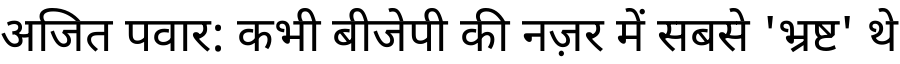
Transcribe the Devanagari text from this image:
अजित पवार: कभी बीजेपी की नज़र में सबसे 'भ्रष्ट' थे